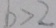
b > 2